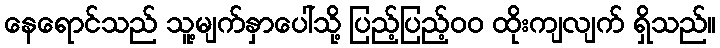
နေရောင်သည် သူ့မျက်နှာပေါ်သို့ ပြည့်ပြည့်၀၀ ထိုးကျလျက် ရှိသည်။